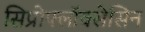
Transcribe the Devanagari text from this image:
सिप्रोफ्लॉक्सेसिन